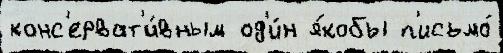
конс'ерват'и́вным од'и́н я́кобы п'исьмо́